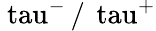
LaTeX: \mathrm{\ tau}^{-}\, /\, \mathrm{\ tau}^{+}